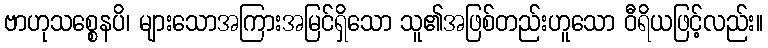
ဗာဟုသစ္စေနပိ၊ များသောအကြားအမြင်ရှိသော သူ၏အဖြစ်တည်းဟူသော ဝီရိယဖြင့်လည်း။